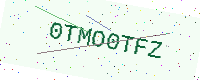
Text: 0TMO0TFZ